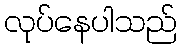
လုပ်နေပါသည်